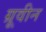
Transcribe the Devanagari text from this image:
ग्रूवीन